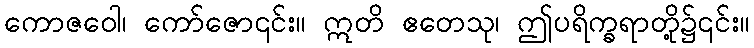
ကောဇဝေါ၊ ကော်ဇော၎င်း။ ဣတိ ဧတေသု၊ ဤပရိက္ခရာတို့၌၎င်း။